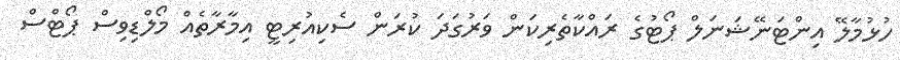
ހުޅުމާލޭ އިންޓަނޭޝަނަލް ޕޯޓުގެ ރައްކާތެރިކަން ވަރުގަދަ ކުރަން ސެކިއުރިޓީ އިމާރާތެއް މޯލްޑިވިސް ޕޯޓްސް